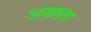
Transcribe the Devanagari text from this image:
अख्तल